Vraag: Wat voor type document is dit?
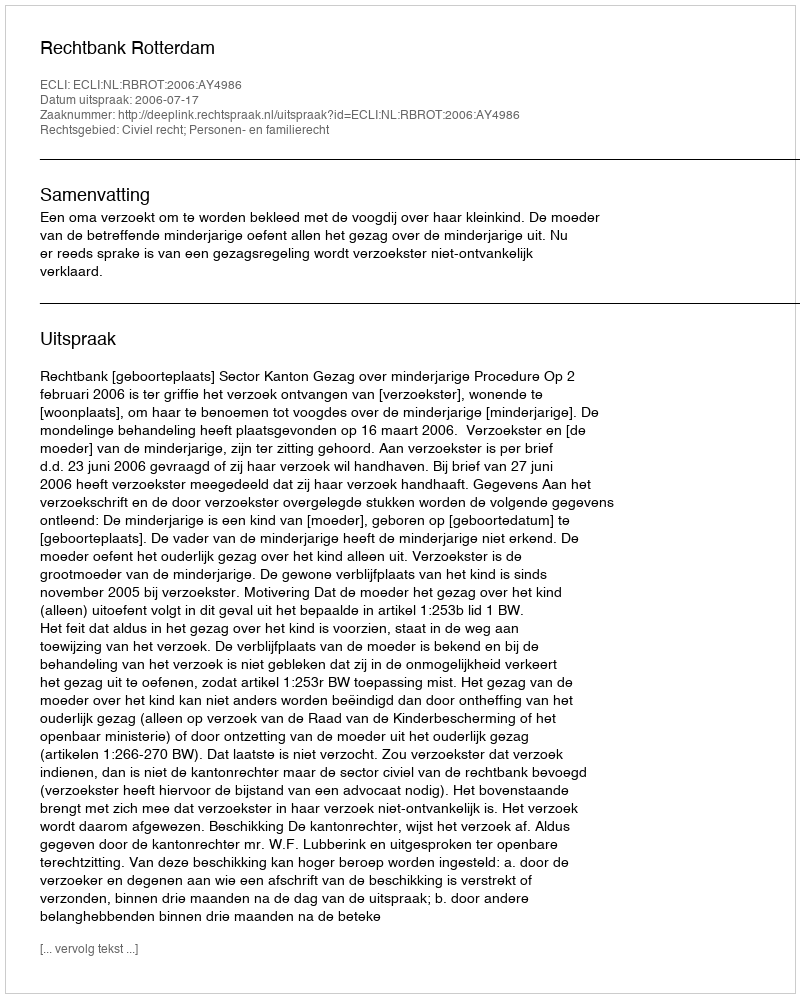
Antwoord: Uitspraak